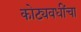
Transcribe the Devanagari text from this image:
कोट्यवधींचा